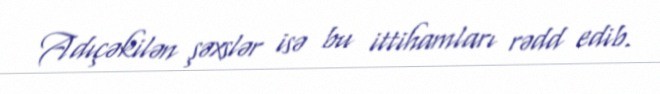
Adıçəkilən şəxslər isə bu ittihamları rədd edib.